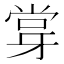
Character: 牚